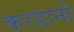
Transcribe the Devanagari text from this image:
करडानो